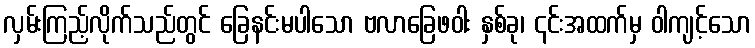
လှမ်းကြည့်လိုက်သည်တွင် ခြေနင်းမပါသော ဗလာခြေဖဝါး နှစ်ခု၊ ၎င်းအထက်မှ ဝါကျင့်သော